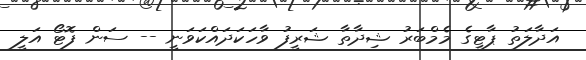
އަދާލަތު ޕާޓީގެ މެމްބަރު ޝިދާތާ ޝަރީފު ވާހަކަދައްކަވަނީ -- ސަން ފޮޓޯ އަލީ